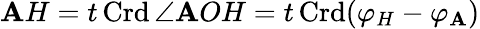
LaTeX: \mathbf{A}H=t\operatorname{Crd}\angle\mathbf{A}OH=t\operatorname{Crd}(\varphi_{H}-\varphi_{\mathbf{A}})